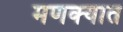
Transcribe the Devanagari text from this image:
मणक्‍यात